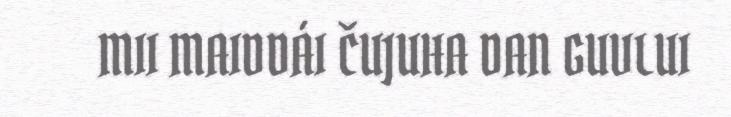
MII MAIDDÁI ČUJUHA DAN GUVLUI